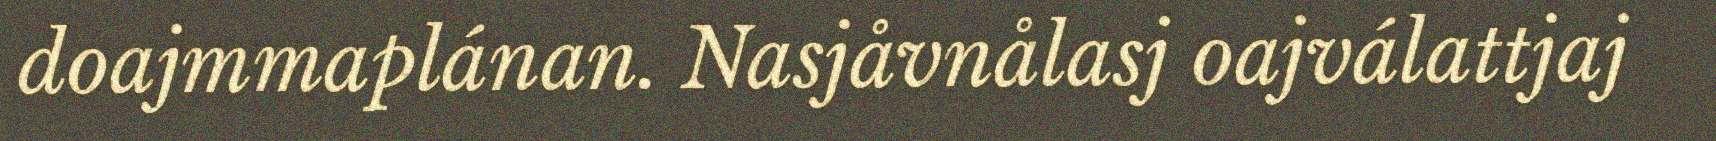
doajmmaplánan. Nasjåvnålasj oajválattjaj